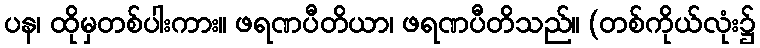
ပန၊ ထိုမှတစ်ပါးကား။ ဖရဏပီတိယာ၊ ဖရဏပီတိသည်။ (တစ်ကိုယ်လုံး၌